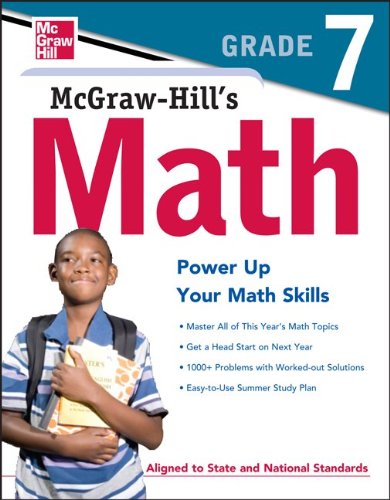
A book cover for McGraw-Hill's Math, Grade 7; McGraw-Hill Education; Test Preparation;